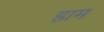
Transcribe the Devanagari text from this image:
ह्मम